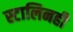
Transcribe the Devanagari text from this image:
स्टालिनही